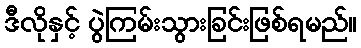
ဒီလိုနှင့် ပွဲကြမ်းသွားခြင်းဖြစ်ရမည်။